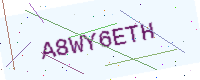
Text: A8WY6ETH